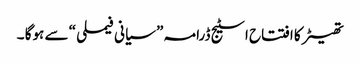
تھیٹر کا افتتاح اسٹیج ڈرامہ ” سیانی فیملی “ سے ہوگا ۔